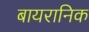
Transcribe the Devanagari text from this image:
बायरानिक